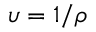
\upsilon = 1 / \rho